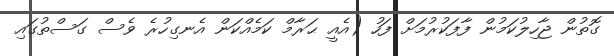
ގޮތުން ޖާހިލުކަމުން ފާފަކުރުމަށް ފަހު (އެއީ ޙަރާމް ކަމެއްކަން އެނގިހުރެ ވެސް ގަސްތުގައި